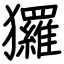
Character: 玀